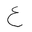
Letter: _ayn